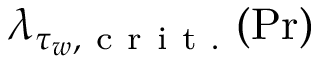
\lambda _ { \tau _ { w } , \mathrm { ~ c ~ r ~ i ~ t ~ . ~ } } ( \operatorname* { P r } )